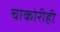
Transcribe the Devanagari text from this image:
चाकोरीही